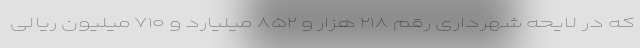
که در لایحه شهرداری رقم ۲۱۸ هزار و ۸۵۲ میلیارد و ۷۱۰ میلیون ریالی